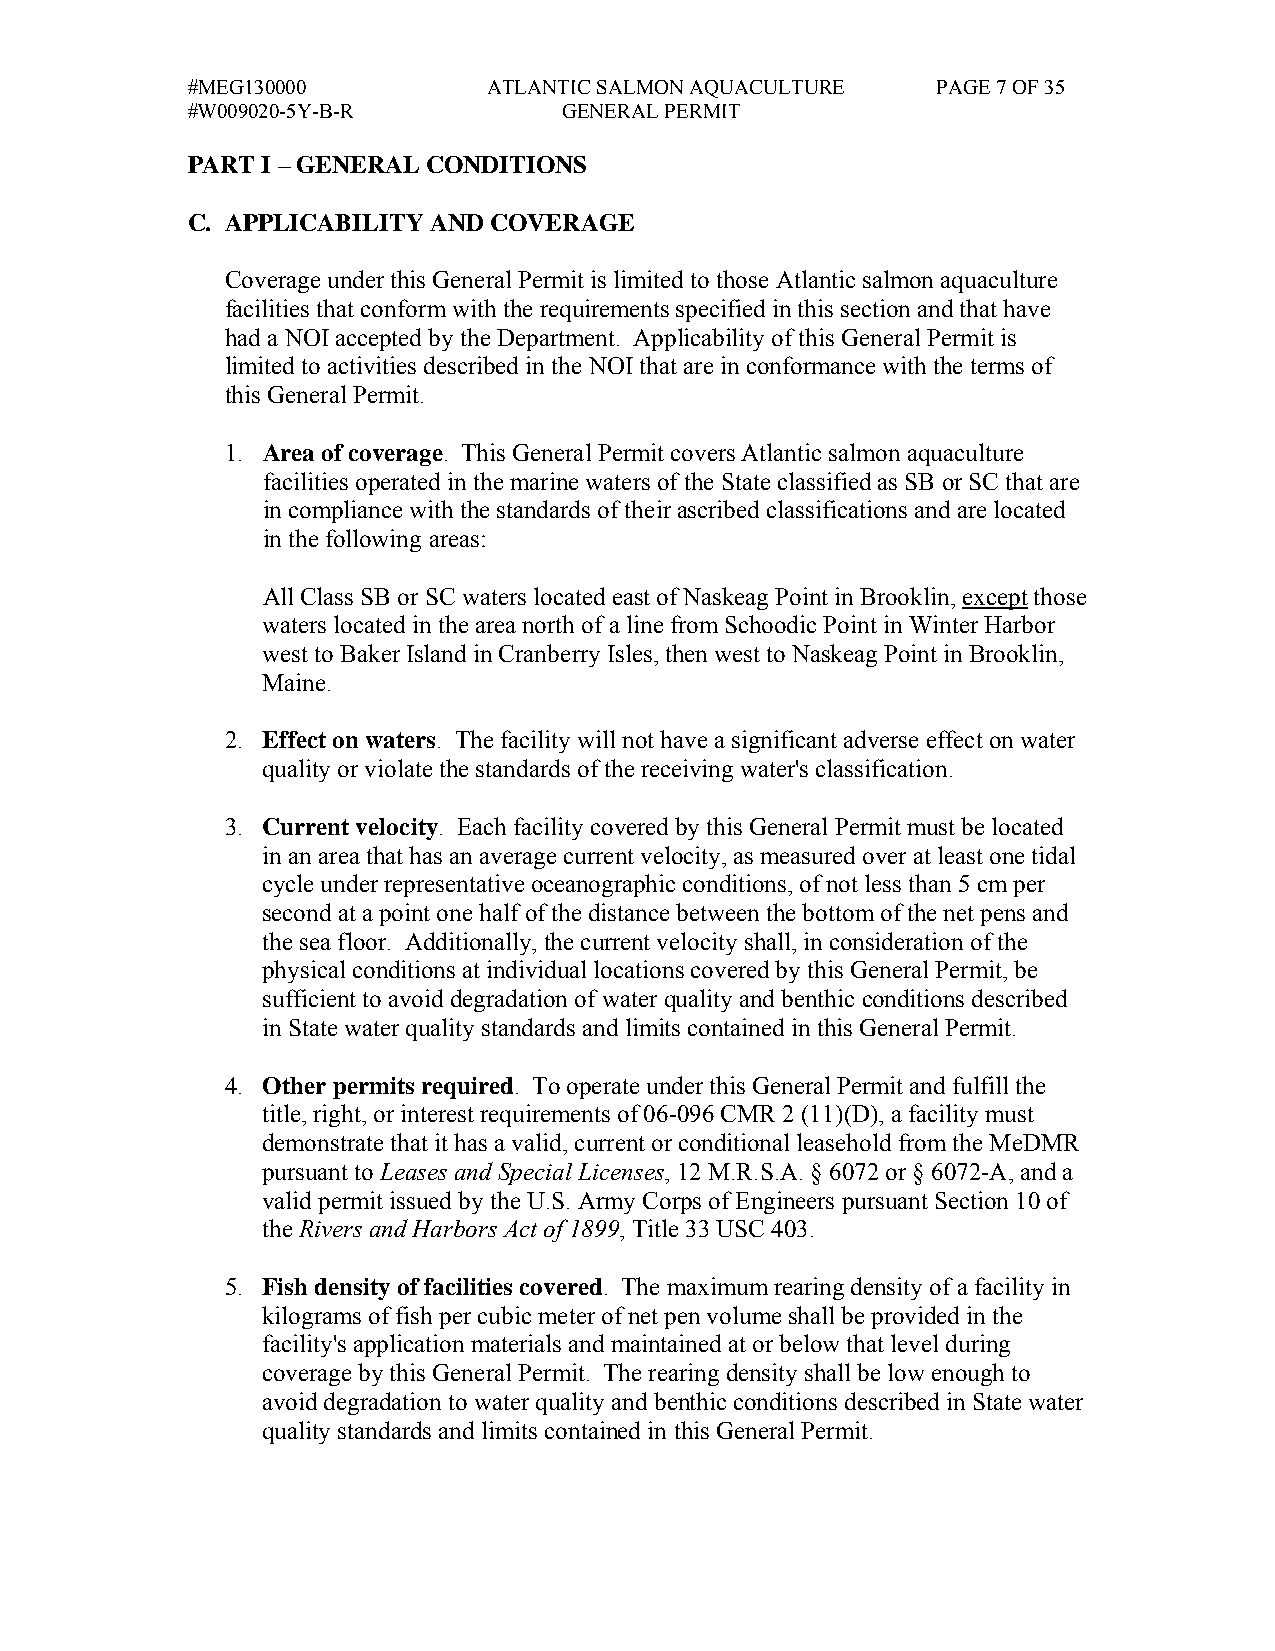
#MEG130000          ATLANTIC SALMON AQUACULTURE   PAGE 7 OF 35
 #W009020-5Y-B-R          GENERAL PERMIT
 PART I – GENERAL CONDITIONS
 C. APPLICABILITY AND COVERAGE
 Coverage under this General Permit is limited to those Atlantic salmon aquaculture
 facilities that conform with the requirements specified in this section and that have
 had a NOI accepted by the Department. Applicability of this General Permit is
 limited to activities described in the NOI that are in conformance with the terms of
 this General Permit.
 1. Area of coverage. This General Permit covers Atlantic salmon aquaculture
 facilities operated in the marine waters of the State classified as SB or SC that are
 in compliance with the standards of their ascribed classifications and are located
 in the following areas:
 All Class SB or SC waters located east of Naskeag Point in Brooklin, except those
 waters located in the area north of a line from Schoodic Point in Winter Harbor
 west to Baker Island in Cranberry Isles, then west to Naskeag Point in Brooklin,
 Maine.
 2. Effect on waters. The facility will not have a significant adverse effect on water
 quality or violate the standards of the receiving water's classification.
 3. Current velocity. Each facility covered by this General Permit must be located
 in an area that has an average current velocity, as measured over at least one tidal
 cycle under representative oceanographic conditions, of not less than 5 cm per
 second at a point one half of the distance between the bottom of the net pens and
 the sea floor. Additionally, the current velocity shall, in consideration of the
 physical conditions at individual locations covered by this General Permit, be
 sufficient to avoid degradation of water quality and benthic conditions described
 in State water quality standards and limits contained in this General Permit.
 4. Other permits required. To operate under this General Permit and fulfill the
 title, right, or interest requirements of 06-096 CMR 2 (11)(D), a facility must
 demonstrate that it has a valid, current or conditional leasehold from the MeDMR
 pursuant to Leases and Special Licenses, 12 M.R.S.A. § 6072 or § 6072-A, and a
 valid permit issued by the U.S. Army Corps of Engineers pursuant Section 10 of
 the Rivers and Harbors Act of 1899, Title 33 USC 403.
 5. Fish density of facilities covered. The maximum rearing density of a facility in
 kilograms of fish per cubic meter of net pen volume shall be provided in the
 facility's application materials and maintained at or below that level during
 coverage by this General Permit. The rearing density shall be low enough to
 avoid degradation to water quality and benthic conditions described in State water
 quality standards and limits contained in this General Permit.